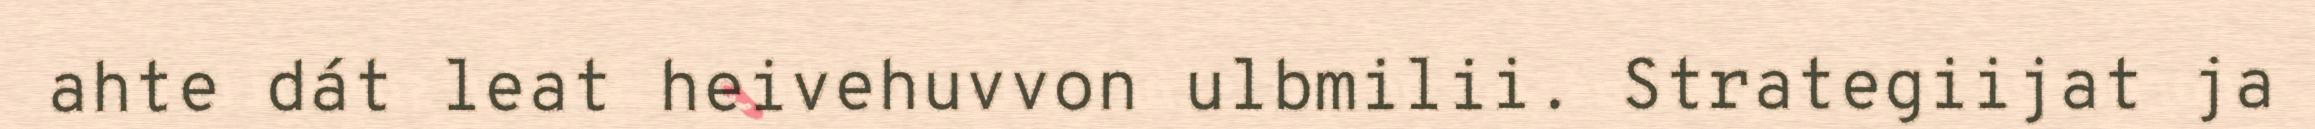
ahte dát leat heivehuvvon ulbmilii. Strategiijat ja